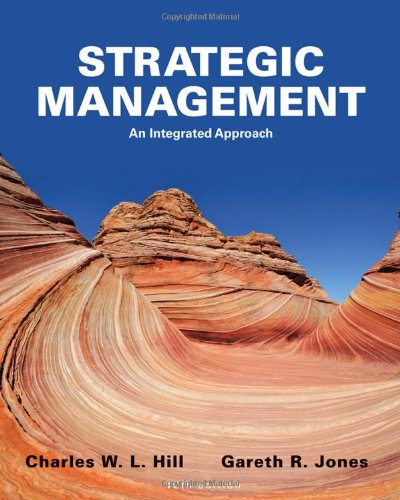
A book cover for Strategic Management: An Integrated Approach; Charles W. L. Hill; Business & Money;